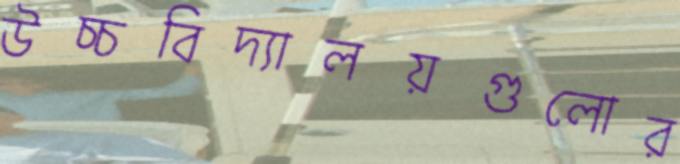
উচ্চবিদ্যালয়গুলোর